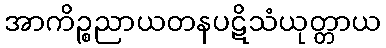
အာကိဉ္စညာယတနပဋိသံယုတ္တာယ